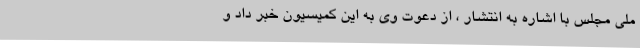
ملی مجلس با اشاره به انتشار ، از دعوت وی به این کمیسیون خبر داد و